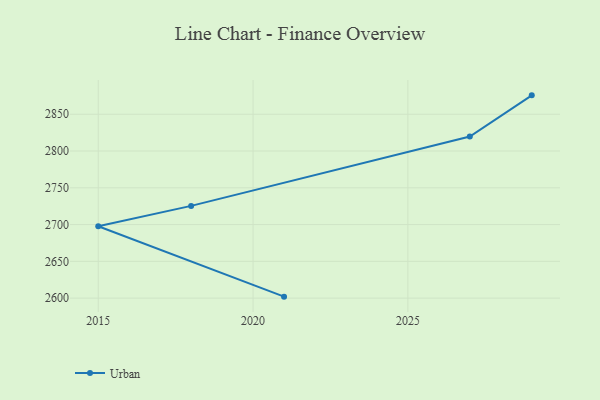
{"axis": {"x": "Year", "y": "Inventory Turnover"}, "legend": ["Urban"], "data": [{"x": "2029", "y": 2875.7, "type": "Urban"}, {"x": "2027", "y": 2819.7, "type": "Urban"}, {"x": "2018", "y": 2725.4, "type": "Urban"}, {"x": "2015", "y": 2697.8, "type": "Urban"}, {"x": "2021", "y": 2602.0, "type": "Urban"}]}